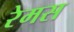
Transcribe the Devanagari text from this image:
रेमस